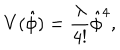
V ( \hat { \phi } ) = { \frac { \lambda } { 4 ! } } \hat { \phi } ^ { 4 } ,